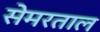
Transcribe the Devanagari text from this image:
सेमरताल